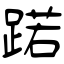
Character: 蹃